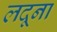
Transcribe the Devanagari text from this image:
लदूना